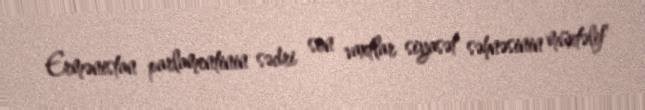
Ermənistan parlamentinin sədri son vaxtlar siyasət səhnəsinin müxtəlif